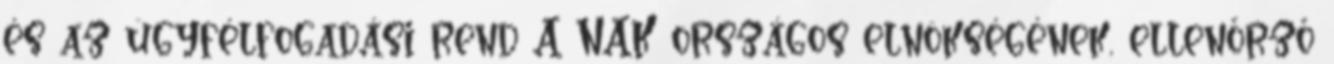
és az ügyfélfogadási rend A NAK országos elnökségének, ellenőrző